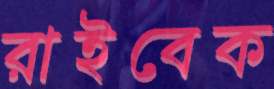
রাইবেক